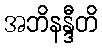
အဘိနန္ဒီတိ